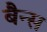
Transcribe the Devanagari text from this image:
बैन्स